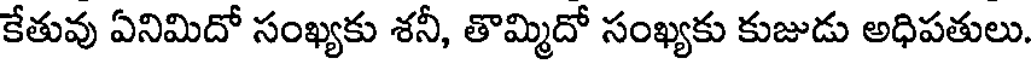
కేతువు ఏనిమిదో సంఖ్యకు శనీ, తొమ్మిదో సంఖ్యకు కుజుడు అధిపతులు.